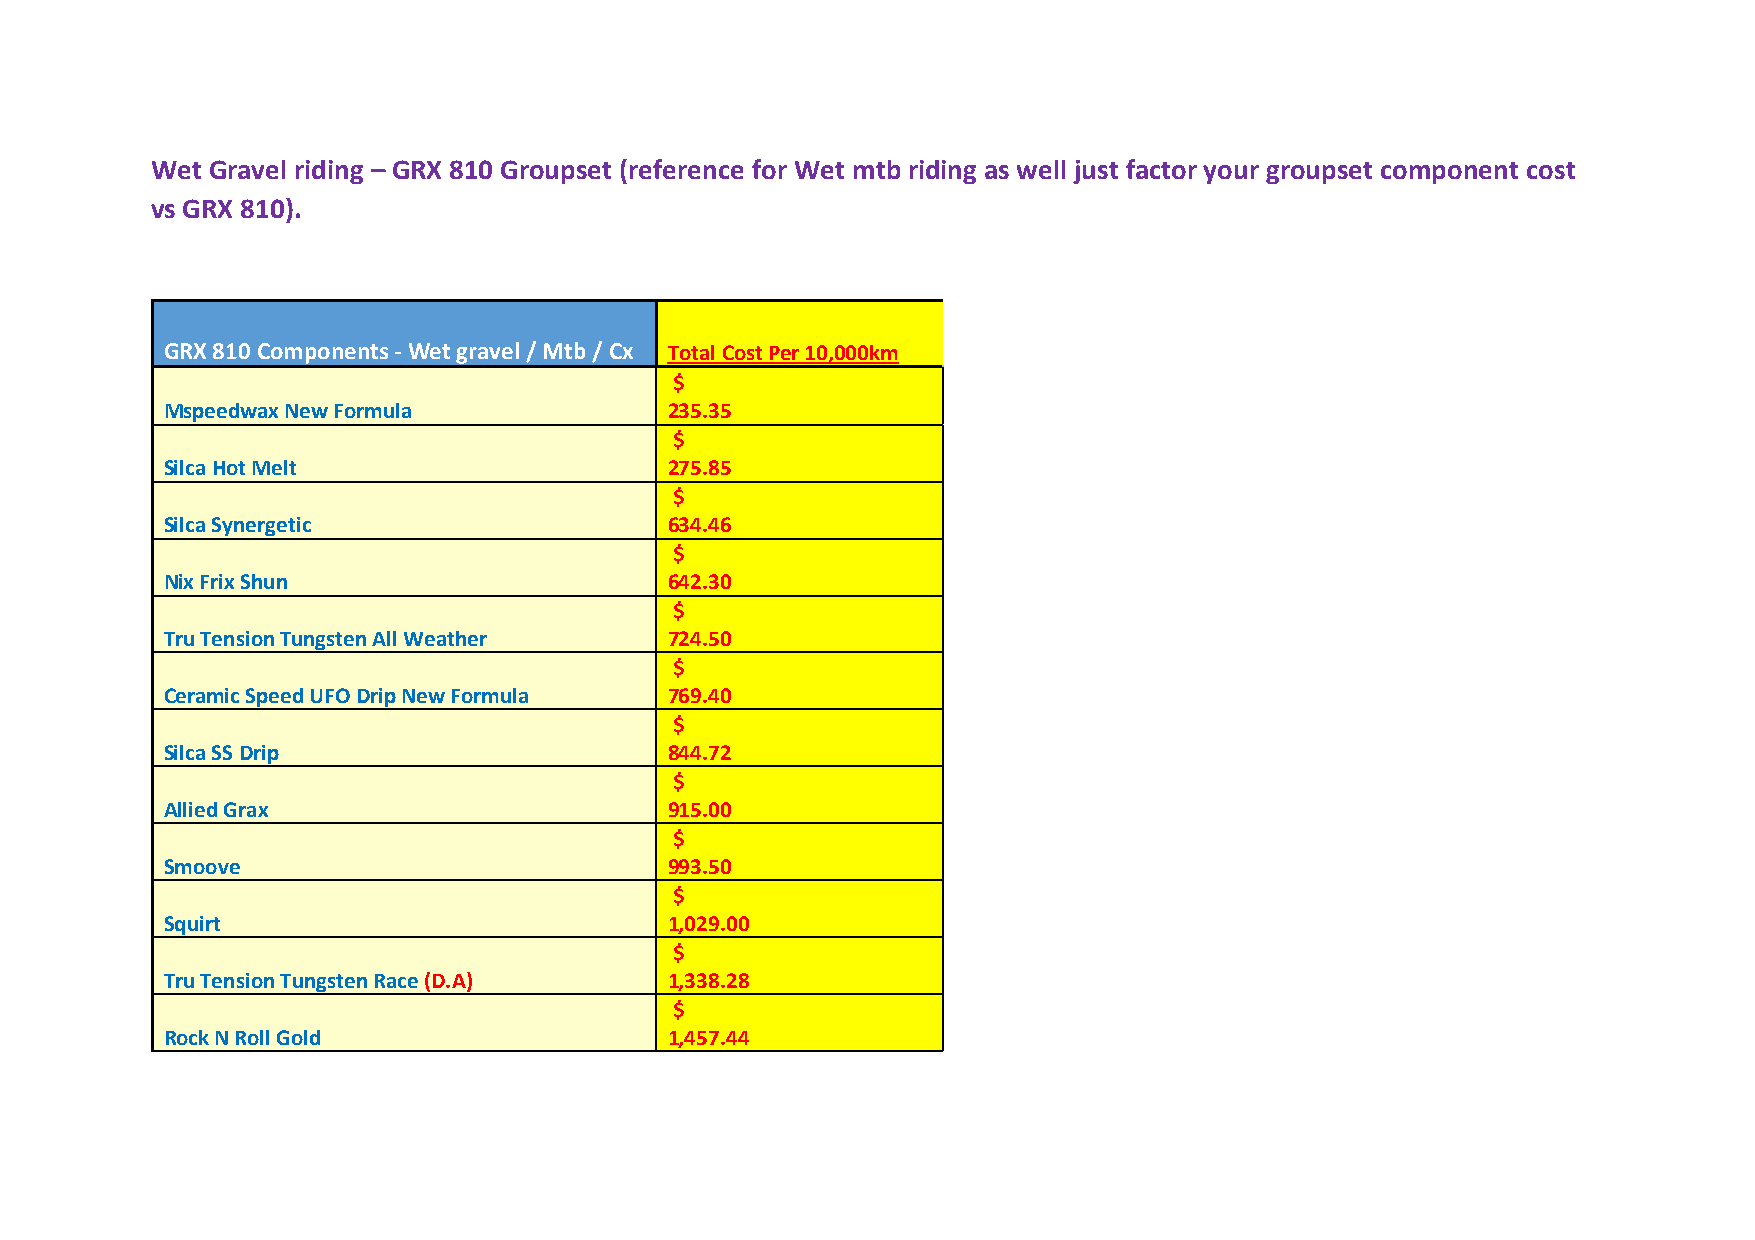
Wet Gravel riding – GRX 810 Groupset (reference for Wet mtb riding as well just factor your groupset component cost
 vs GRX 810).
 GRX 810 Components - Wet gravel / Mtb / Cx Total Cost Per 10,000km
 $
 Mspeedwax New Formula            235.35
 $
 Silca Hot Melt                   275.85
 $
 Silca Synergetic                 634.46
 $
 Nix Frix Shun                    642.30
 $
 Tru Tension Tungsten All Weather 724.50
 $
 Ceramic Speed UFO Drip New Formula 769.40
 $
 Silca SS Drip                    844.72
 $
 Allied Grax                      915.00
 $
 Smoove                           993.50
 $
 Squirt                           1,029.00
 $
 Tru Tension Tungsten Race (D.A)  1,338.28
 $
 Rock N Roll Gold                 1,457.44